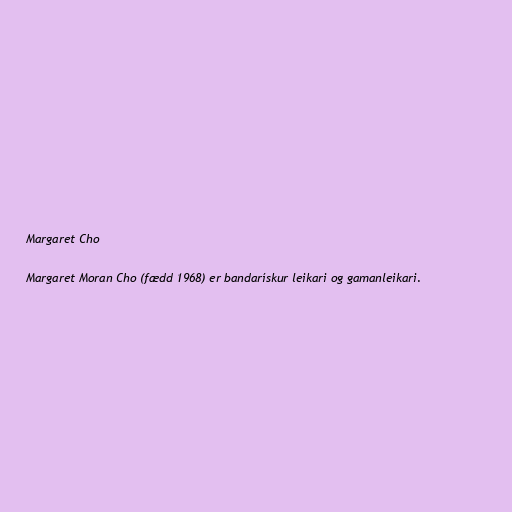
Margaret Cho

Margaret Moran Cho (fædd 1968) er bandarískur leikari og gamanleikari.